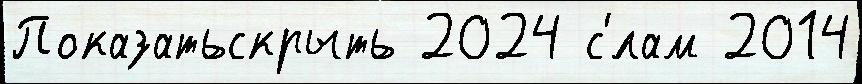
Показатьскрыть 2024 с'́лам 2014